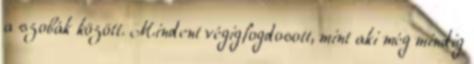
a szobák között. Mindent végigfogdosott, mint aki még mindig